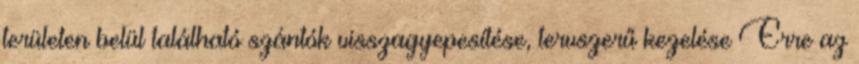
területen belül található szántók visszagyepesítése, tervszerű kezelése Erre az